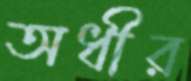
অধীর